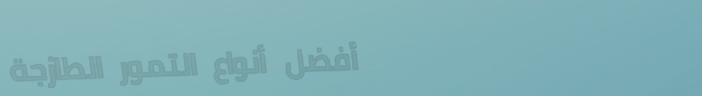
أفضل أنواع التمور الطازجة